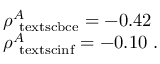
\begin{array} { l l } { \rho _ { \mathrm { \ t e x t s c { b c e } } } ^ { A } = - 0 . 4 2 } \\ { \rho _ { \mathrm { \ t e x t s c { i n f } } } ^ { A } = - 0 . 1 0 ~ . } \end{array}